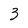
Character: 3